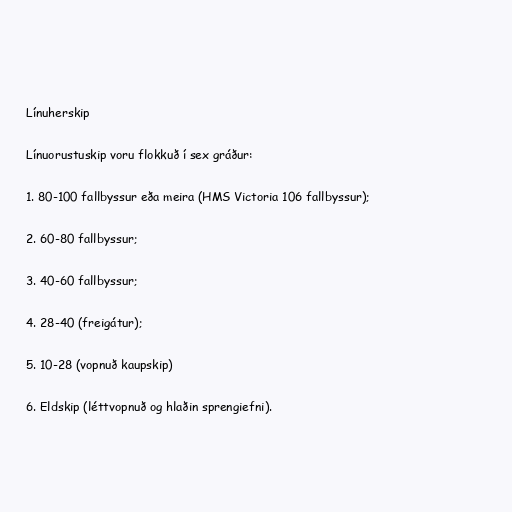
Línuherskip

Línuorustuskip voru flokkuð í sex gráður:

1. 80-100 fallbyssur eða meira (HMS Victoria 106 fallbyssur);

2. 60-80 fallbyssur;

3. 40-60 fallbyssur;

4. 28-40 (freigátur);

5. 10-28 (vopnuð kaupskip)

6. Eldskip (léttvopnuð og hlaðin sprengiefni).